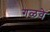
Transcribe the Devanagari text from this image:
गळवे